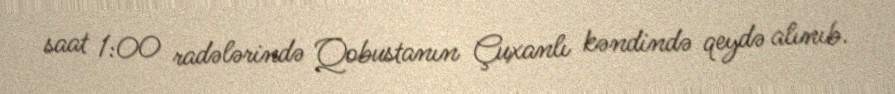
saat 1:00 radələrində Qobustanın Çuxanlı kəndində qeydə alınıb.